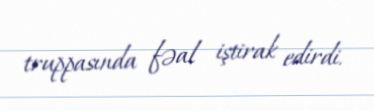
truppasında fəal iştirak edirdi.